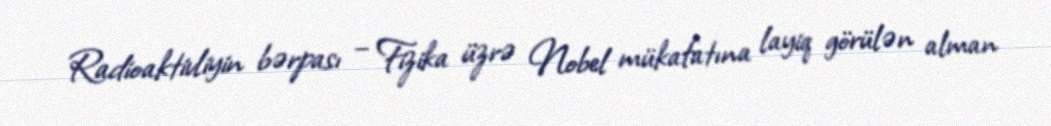
Radioaktivliyin bərpası – Fizika üzrə Nobel mükafatına layiq görülən alman